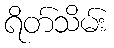
ရိတ်သိမ်း